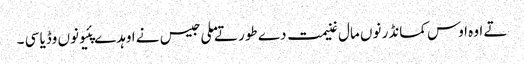
تے اوہ اوس کمانڈر نوں مال غنیمت دے طور تے ملی جیس نے اوہدے پئیو نوں وڈیا سی ۔